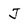
Character: J